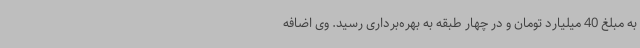
به مبلغ 40 میلیارد تومان و در چهار طبقه به بهره‌برداری رسید. وی اضافه